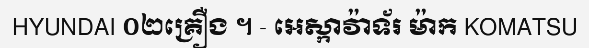
HYUNDAI ០២គ្រឿង ។ - អេស្កាវ៉ាទ័រ ម៉ាក KOMATSU